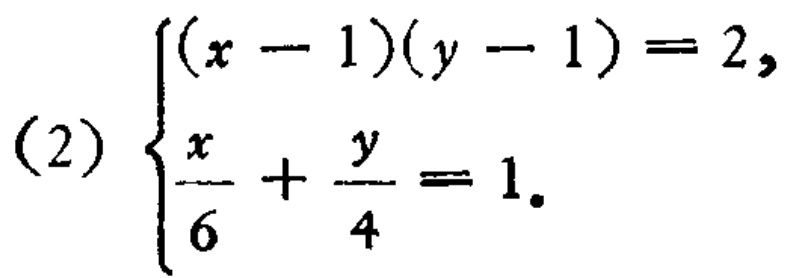
\((2)\begin{cases}(x - 1)(y - 1)=2,\\\frac{x}{6}+\frac{y}{4}=1.\end{cases}\)